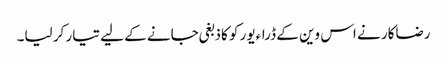
رضاکار نے اس وین کے ڈراءیور کو کاذبغی جانے کے لیے تیار کر لیا۔